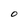
Character: O